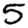
Digit: 5